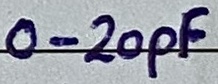
Text: 0-20pF